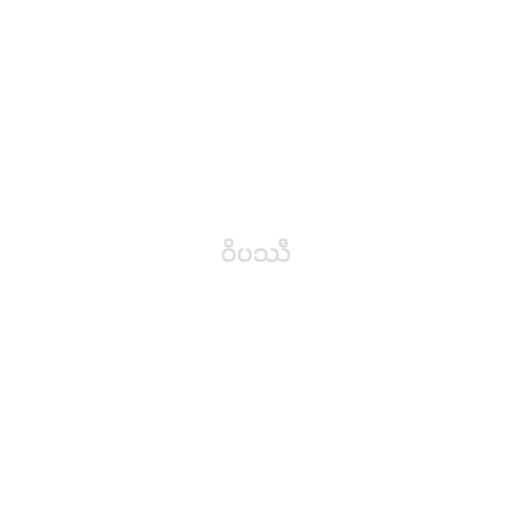
ဝိပဿီ